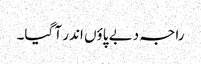
راجہ دبے پاؤں اندر آ گیا۔